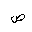
Letter: _sad